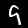
Label: 9